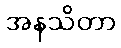
အနသိတာ